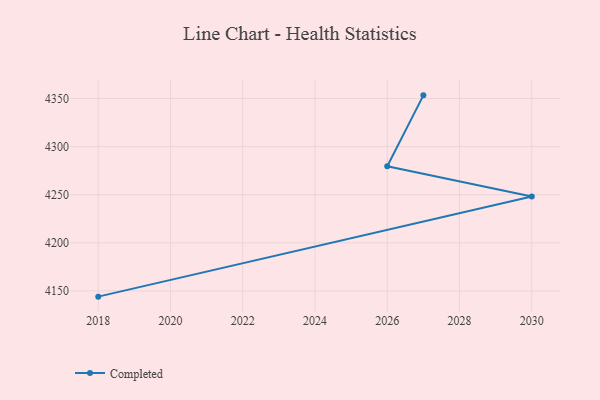
{"axis": {"x": "Year", "y": "Temperature (°C)"}, "legend": ["Completed"], "data": [{"x": "2027", "y": 4353.3, "type": "Completed"}, {"x": "2026", "y": 4279.6, "type": "Completed"}, {"x": "2030", "y": 4248.2, "type": "Completed"}, {"x": "2018", "y": 4144.0, "type": "Completed"}]}